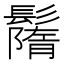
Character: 𩯚